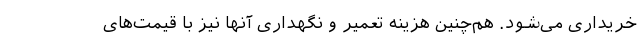
خریداری می‌شود. هم‌چنین هزینه تعمیر و نگهداری آنها نیز با قیمت‌های